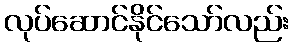
လုပ်ဆောင်နိုင်သော်လည်း